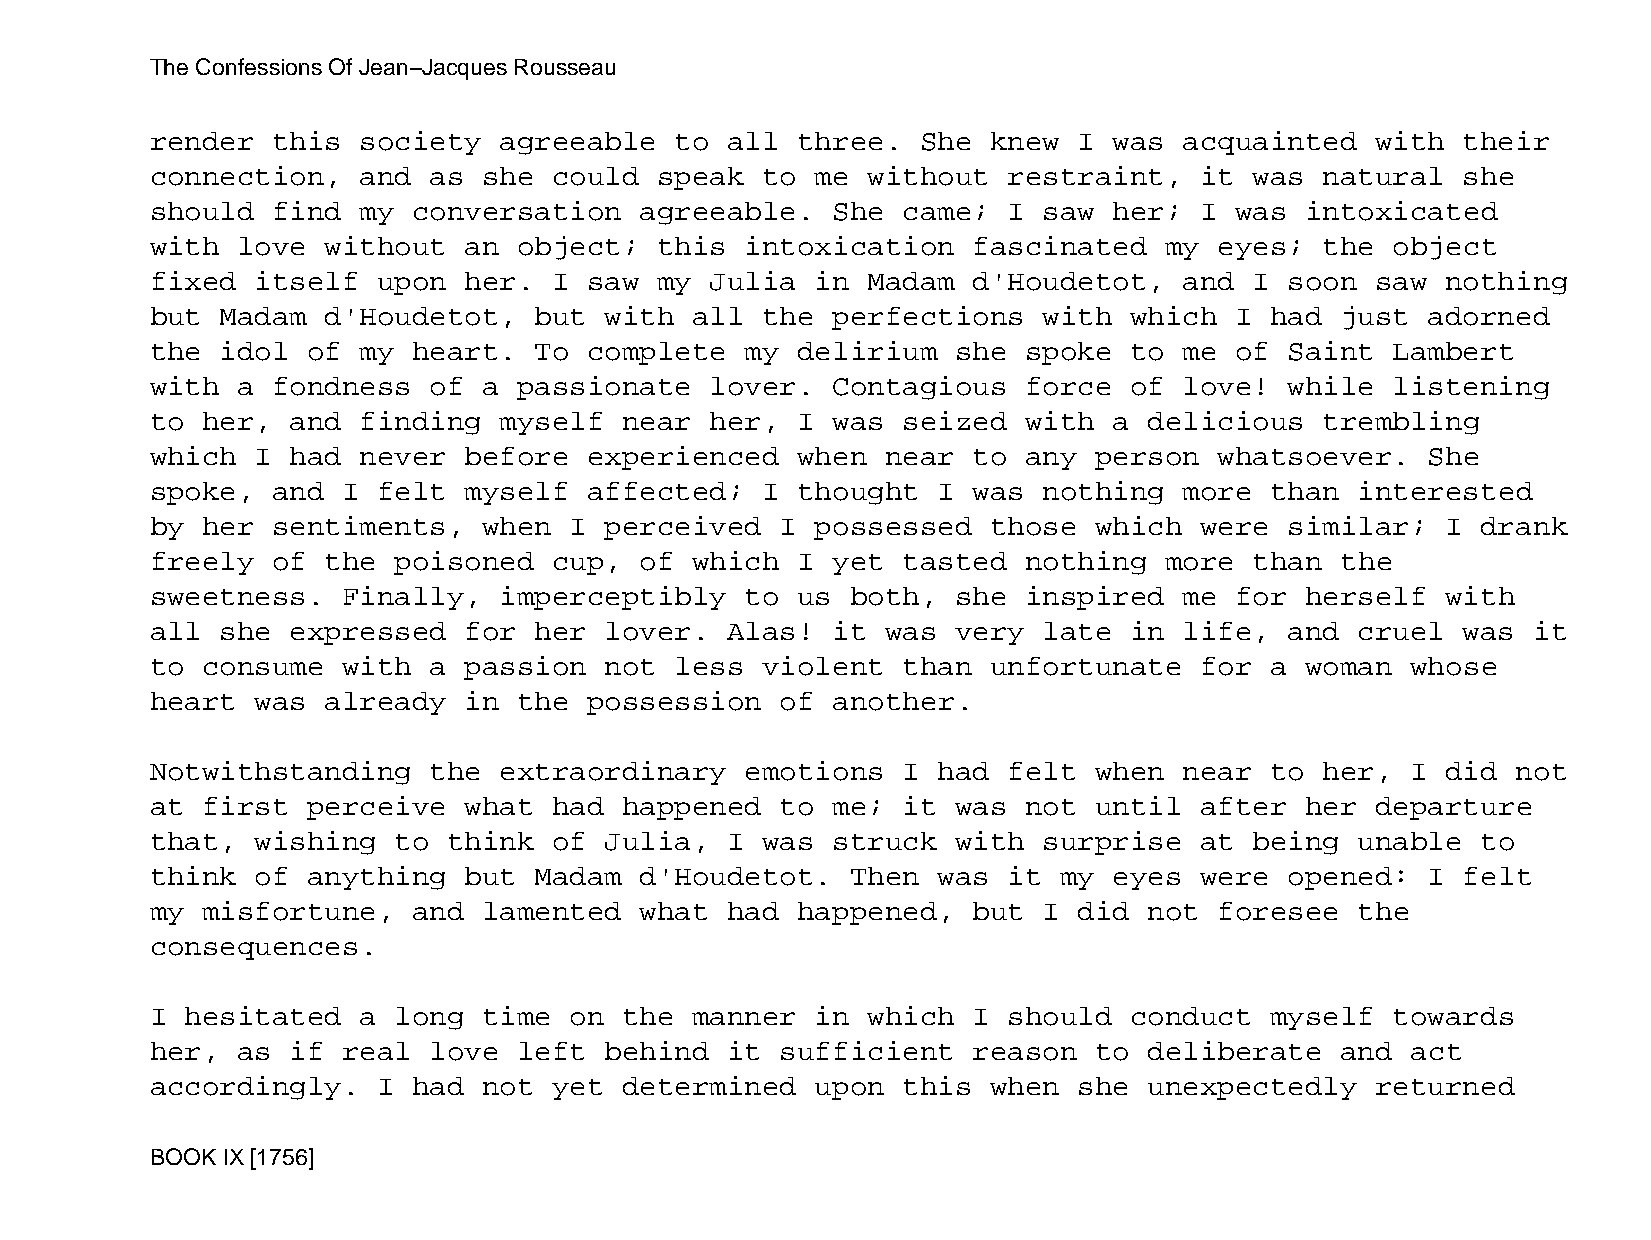
The Confessions Of Jean−Jacques Rousseau
 render  this  society  agreeable   to all  three.  She  knew I  was acquainted   with  their
 connection,   and as  she  could  speak to  me without   restraint,  it  was  natural  she
 should  find  my conversation   agreeable.   She  came;  I saw  her; I  was intoxicated
 with  love  without  an object;   this intoxication   fascinated   my  eyes;  the object
 fixed  itself  upon  her.  I saw  my Julia  in Madam  d'Houdetot,   and  I soon  saw  nothing
 but  Madam  d'Houdetot,  but  with  all the  perfections   with  which  I had  just  adorned
 the  idol of  my heart.  To  complete  my  delirium  she  spoke  to me  of Saint  Lambert
 with  a fondness  of  a passionate   lover.  Contagious   force  of love!  while  listening
 to her,  and  finding  myself  near  her,  I was  seized  with  a delicious   trembling
 which  I had  never  before  experienced   when  near to  any person   whatsoever.   She
 spoke,  and  I felt  myself  affected;  I  thought  I was  nothing  more  than  interested
 by her  sentiments,   when  I perceived   I possessed   those which  were  similar;   I drank
 freely  of  the poisoned   cup, of  which  I yet  tasted  nothing  more  than  the
 sweetness.   Finally,  imperceptibly   to  us both,  she  inspired  me  for herself   with
 all  she expressed   for her  lover.  Alas!  it  was very  late  in life,  and  cruel  was it
 to consume   with a  passion  not  less violent   than  unfortunate  for  a woman  whose
 heart  was  already  in the  possession   of another.
 Notwithstanding   the  extraordinary   emotions   I had  felt when  near  to  her, I  did not
 at first  perceive   what  had happened   to me;  it was  not until  after  her  departure
 that,  wishing  to  think  of Julia,  I was  struck  with  surprise  at  being  unable  to
 think  of anything   but Madam  d'Houdetot.   Then  was  it my  eyes were  opened:   I felt
 my misfortune,   and  lamented  what  had  happened,  but  I did  not  foresee  the
 consequences.
 I hesitated   a long  time  on the  manner  in which  I  should  conduct  myself  towards
 her,  as if  real love  left  behind  it  sufficient  reason  to  deliberate   and act
 accordingly.   I had  not  yet determined   upon  this  when she  unexpectedly   returned
 BOOK IX [1756]